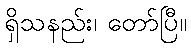
ရှိသနည်း၊ တော်ပြီ။